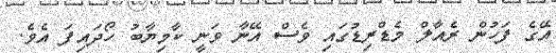
އޭގެ ފަހުން ރެއާލް މެޑްރިޑުގައި ވެސް އޭނާ ވަނީ ކާމިޔާބު ހޯދައިފަ އެވެ.